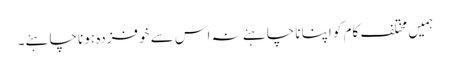
ہمیں مختلف کام کو اپنانا چاہئے نہ اس سے خوفزدہ ہونا چاہئے۔